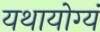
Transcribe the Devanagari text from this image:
यथायोग्यं